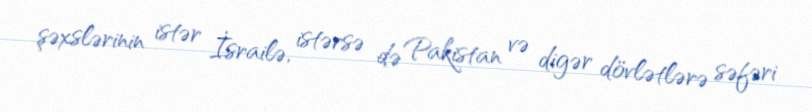
şəxslərinin istər İsrailə, istərsə də Pakistan və digər dövlətlərə səfəri